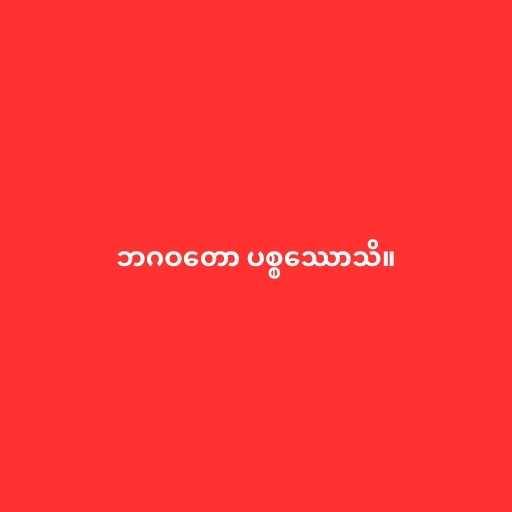
ဘဂဝတော ပစ္စဿောသိ။